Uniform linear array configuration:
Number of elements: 16
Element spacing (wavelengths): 0.75
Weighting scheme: uniform
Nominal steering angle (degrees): -45
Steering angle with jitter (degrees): -45.817
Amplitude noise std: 0.05
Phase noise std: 0.05

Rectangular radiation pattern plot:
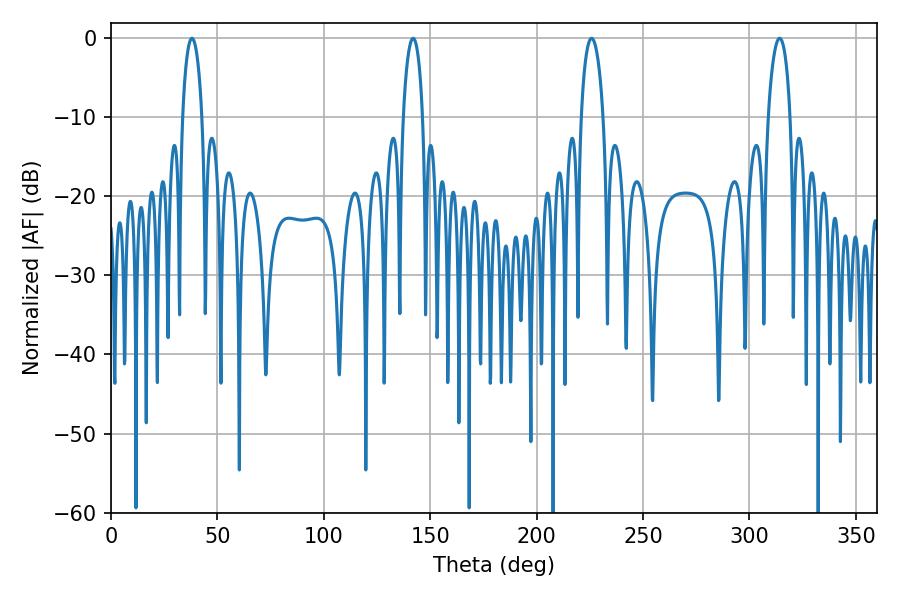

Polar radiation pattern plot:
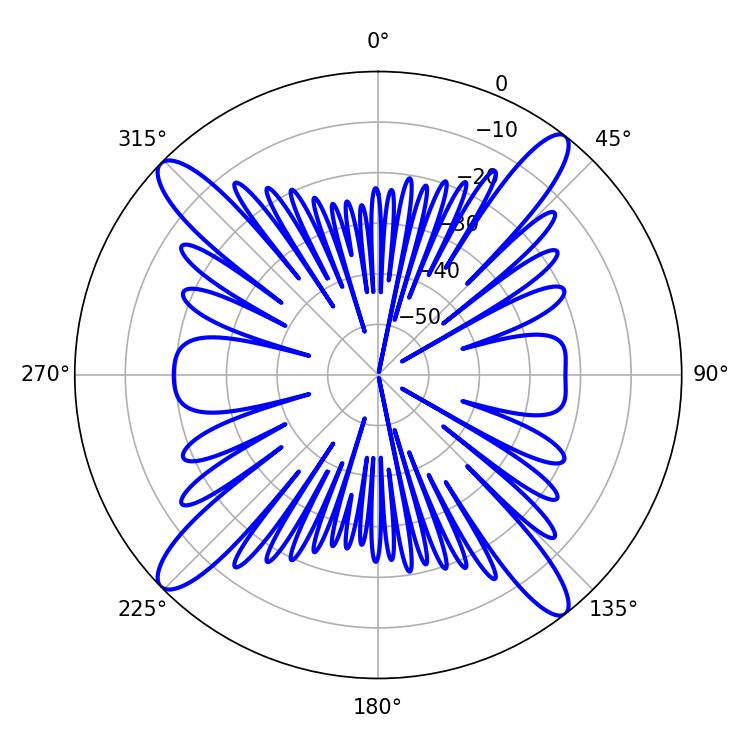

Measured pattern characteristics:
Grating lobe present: TRUE
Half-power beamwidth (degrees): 5.22
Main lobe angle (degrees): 142.02